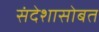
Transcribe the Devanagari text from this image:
संदेशासोबत